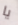
يا